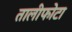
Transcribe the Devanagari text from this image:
तालीफोटा